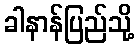
ခါနာန်ပြည်သို့